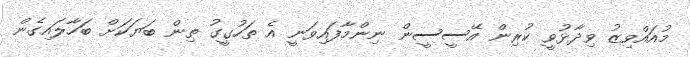
މުއައްވިޒު ވިދާޅުވީ ކުރިން އޭސީސީން ނިންމާފައިވަނީ އެ ތަހުގީގު ތިން ބަޔަކަށް ބަހާލައިގެން